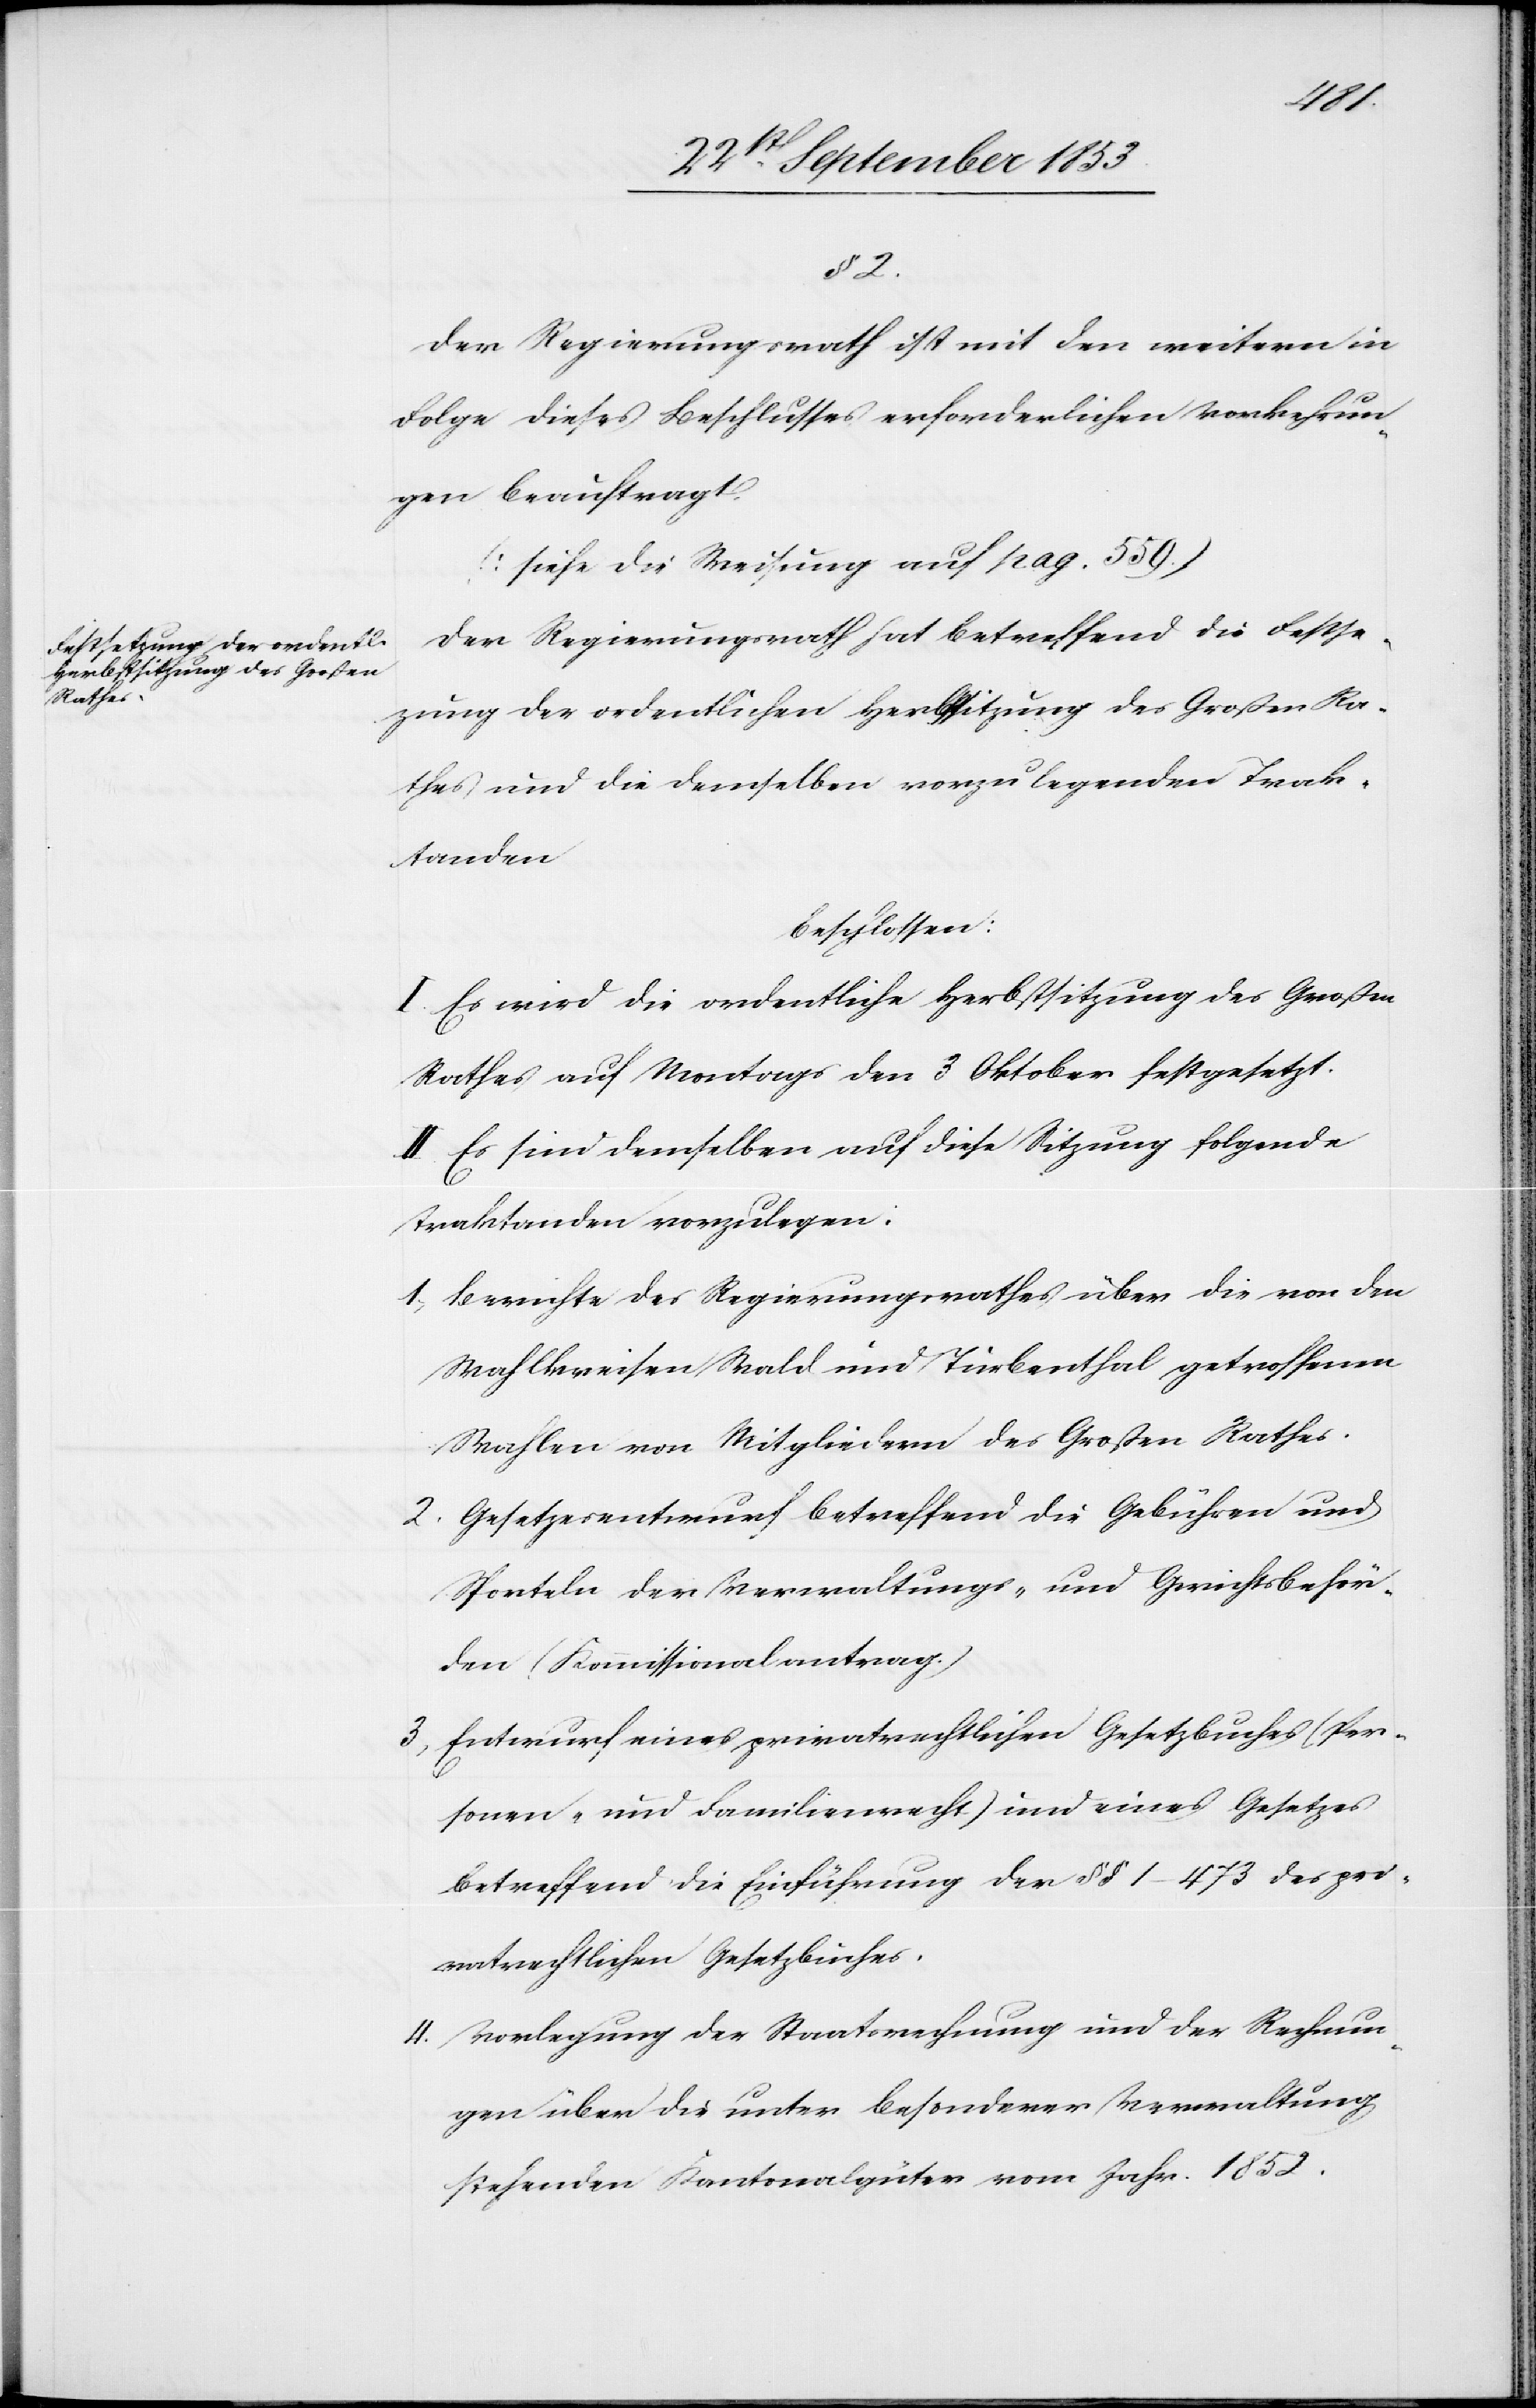
§ 2.
Der Regierungsrath ist mit den weitern in
Folge dieses Beschlusses erforderlichen Vorkehrun¬
gen beauftragt.
[siehe die Weisung auf pag. 559]
Der Regierungsrath hat betreffend Festse¬
tzung der ordentlichen Herbstsitzung des Großen Ra¬
thes und die denselben vorzulegenden Trak¬
tanden
beschlossen:
I. Es wird die ordentliche Herbstsitzung des Großen
Rathes auf Montags den 3 Oktober festgesetzt.
II. Es sind demselben auf diese Sitzung folgende
Traktanden vorzulegen:
1, Berichte des Regierungsrathes über die von den
Wahlkreisen Wald und Turbenthal getroffenen
Wahlen von Mitgliedern des Großen Rathes.
2, Gesetzesentwurf betreffend die Gebühren und
Sporteln der Verwaltungs- und Gerichtsbehör¬
den (Kommissionalantrag.)
3, Entwurf eines privatrechtlichen Gesetzesbuches (Per¬
sonen- und Familienrecht) und eines Gesetzes
betreffend Einführung der §§ 1–473 des pri¬
vatrechtlichen Gesetzbuches.
4, Vorlegung der Staatsrechnung und der Rechnun¬
gen über die unter besonderer Verwaltung
stehenden Kantonalgüter vom Jahr 1852.